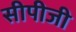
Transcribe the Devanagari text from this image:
सीपीजी